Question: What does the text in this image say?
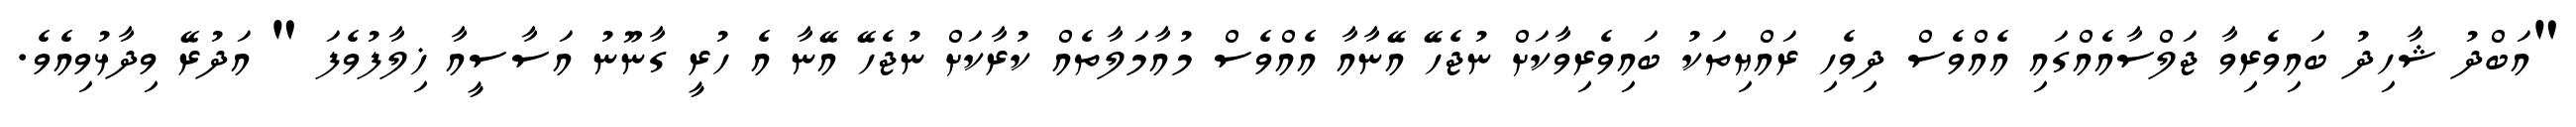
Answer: "އަބްދު ޝާހިދު ބައިވެރިވާ ޖަލްސާއެއްގައި އެއްވެސް ދިވެހި ރައްޔިތަކު ބައިވެރިވާކަށް ނުޖެހޭ އޭނާއާ އެއްވެސް މުއާމަލާތެއް ކުރާކަށް ނުޖެހޭ އޭނާ އެ ހުރީ ގާނޫނު އަސާސީއާ ޚިލާފުވެފަ " އަދުރޭ ވިދާޅުވިއެވެ.